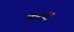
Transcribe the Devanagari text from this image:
कत्या